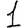
Digit: 1